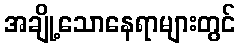
အချို့သောနေရာများတွင်